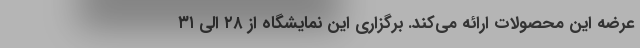
عرضه این محصولات ارائه می‌کند. برگزاری این نمایشگاه از ۲۸ الی ۳۱